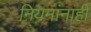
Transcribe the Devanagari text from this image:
नियमांनाही